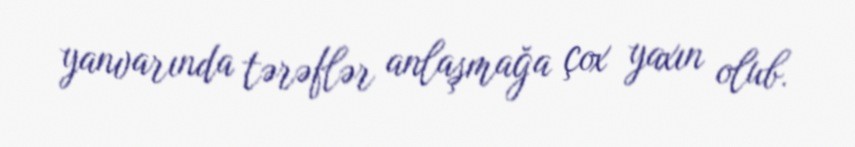
yanvarında tərəflər anlaşmağa çox yaxın olub.